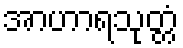
အာဟာရသုတ္တံ